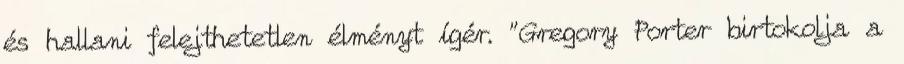
és hallani felejthetetlen élményt ígér. "Gregory Porter birtokolja a